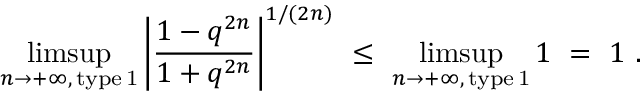
\operatorname * { l i m s u p } _ { n \to + \infty , \, \mathrm { t y p e \, 1 } } \left| \frac { 1 - q ^ { 2 n } } { 1 + q ^ { 2 n } } \right| ^ { 1 / ( 2 n ) } \ \le \ \operatorname * { l i m s u p } _ { n \to + \infty , \, \mathrm { t y p e \, 1 } } 1 \ = \ 1 \ .